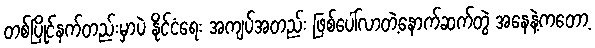
တစ်ပြိုင်နက်တည်းမှာပဲ နိုင်ငံရေး အကျပ်အတည်း ဖြစ်ပေါ်လာတဲ့နောက်ဆက်တွဲ အနေနဲ့ကတော့